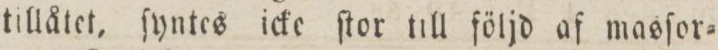
tillåtet, ſyntes icke ſtor till följd af masſor=